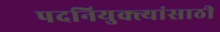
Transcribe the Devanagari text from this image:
पदनियुक्त्यांसाठी